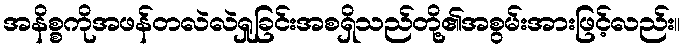
အနိစ္စကိုအဖန်တလဲလဲရှုခြင်းအစရှိသည်တို့၏အစွမ်းအားဖြင့်လည်း။